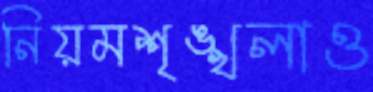
নিয়মশৃঙ্খলাও